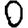
Digit: 0